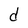
Character: d